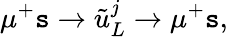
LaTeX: \mu^{+}\mathtt{s}\to\tilde{{u}}_{L}^{j}\to\mu^{+}\mathtt{s},